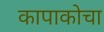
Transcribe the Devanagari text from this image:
कापाकोचा